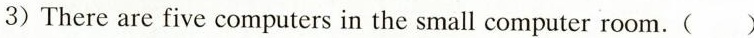
3)There are five computers in the small computer room.( )